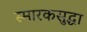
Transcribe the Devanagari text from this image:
स्मारकसुद्धा